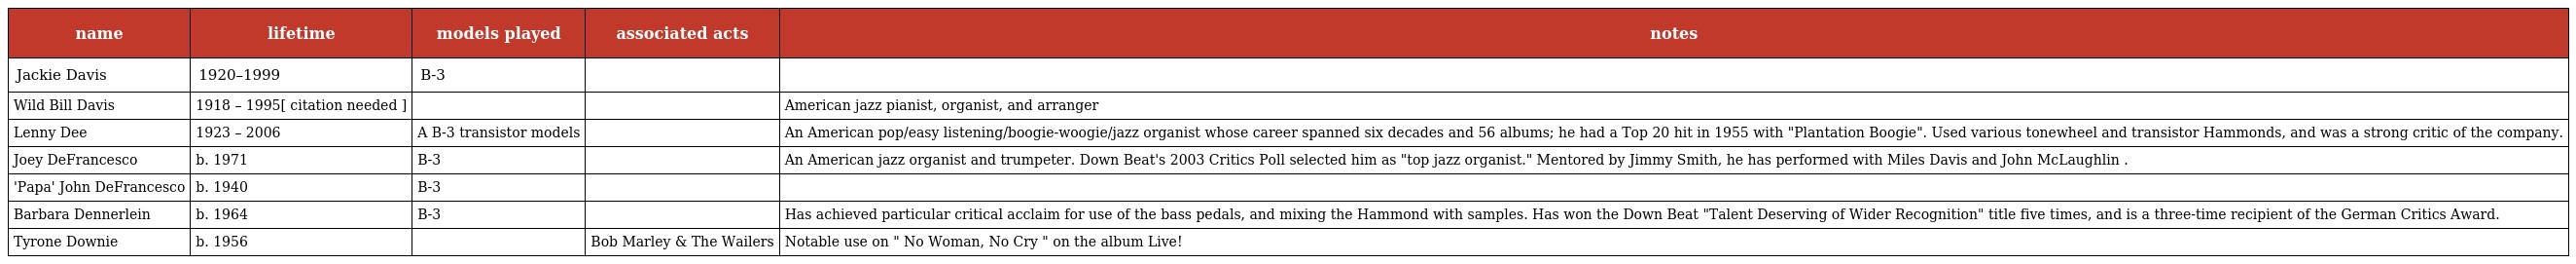
| name | lifetime | models played | associated acts | notes |
 | --- | --- | --- | --- | --- |
 | Jackie Davis | 1920–1999 | B-3 |  |  |
 | Wild Bill Davis | 1918 – 1995[ citation needed ] |  |  | American jazz pianist, organist, and arranger |
 | Lenny Dee | 1923 – 2006 | A B-3 transistor models |  | An American pop/easy listening/boogie-woogie/jazz organist whose career spanned six decades and 56 albums; he had a Top 20 hit in 1955 with "Plantation Boogie". Used various tonewheel and transistor Hammonds, and was a strong critic of the company. |
 | Joey DeFrancesco | b. 1971 | B-3 |  | An American jazz organist and trumpeter. Down Beat's 2003 Critics Poll selected him as "top jazz organist." Mentored by Jimmy Smith, he has performed with Miles Davis and John McLaughlin . |
 | 'Papa' John DeFrancesco | b. 1940 | B-3 |  |  |
 | Barbara Dennerlein | b. 1964 | B-3 |  | Has achieved particular critical acclaim for use of the bass pedals, and mixing the Hammond with samples. Has won the Down Beat "Talent Deserving of Wider Recognition" title five times, and is a three-time recipient of the German Critics Award. |
 | Tyrone Downie | b. 1956 |  | Bob Marley & The Wailers | Notable use on " No Woman, No Cry " on the album Live! |